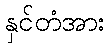
နှင်တံအား